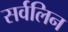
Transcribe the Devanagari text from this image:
सर्वलिन